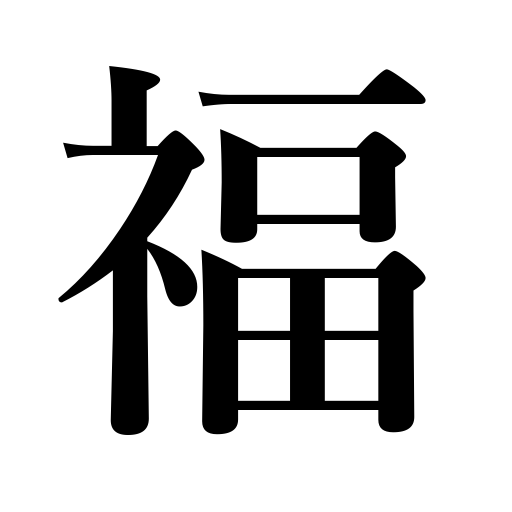
Meanings: wealth,fortune,food which has been offered to gods,blessing,luck